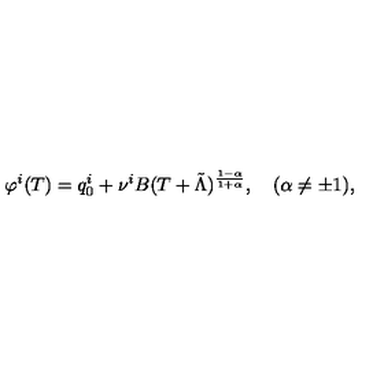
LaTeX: \varphi ^ { i } ( T ) = q _ { 0 } ^ { i } + \nu ^ { i } B ( T + \tilde { \Lambda } ) ^ { \frac { 1 - \alpha } { 1 + \alpha } } , \quad ( \alpha \not = \pm 1 ) ,